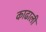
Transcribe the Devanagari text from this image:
काढाली